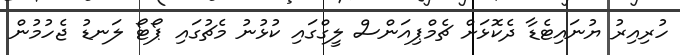
ހުރިއިރު ޔުނައިޓެޑާ ދެކޮޅަށް ޗެމްޕިއަންސް ލީގްގައި ކުޅުނު މެޗުގައި ޕޯޓޯ ލަނޑު ޖެހުމުން